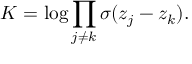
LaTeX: K = \log \prod _ { j \neq k } \sigma ( z _ { j } - z _ { k } ) .